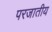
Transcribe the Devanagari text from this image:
परजातीय